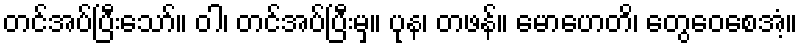
တင်အပ်ပြီးသော်။ ဝါ၊ တင်အပ်ပြီးမှ။ ပုန၊ တဖန်။ မောဟေတိ၊ တွေဝေစေအံ့။